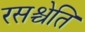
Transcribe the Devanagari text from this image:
रसश्चेति